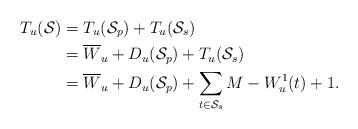
LaTeX: \begin{align*}T_u(\mathcal{S}) &= T_u(\mathcal{S}_p) + T_u(\mathcal{S}_s) \\&= \overline{W}_u + D_u(\mathcal{S}_p) + T_u(\mathcal{S}_s) \\&= \overline{W}_u + D_u(\mathcal{S}_p) + \sum_{t \in \mathcal{S}_s} M - W_u^1(t) +1.\end{align*}